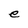
Character: e